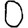
Digit: 0